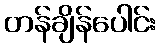
တန်ချိန်ပေါင်း